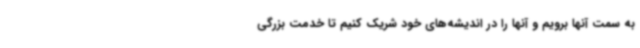
به سمت آنها برویم و آنها را در اندیشه‌های خود شریک کنیم تا خدمت بزرگی